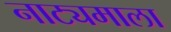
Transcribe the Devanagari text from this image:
नाट्यमाला